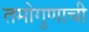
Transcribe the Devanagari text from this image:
तमोगुणाची